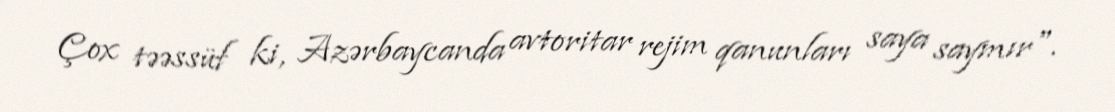
Çox təəssüf ki, Azərbaycanda avtoritar rejim qanunları saya saymır".